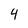
Character: 4